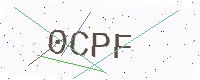
Text: 0CPF